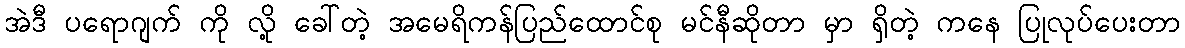
အဲဒီ ပရောဂျက် ကို လို့ ခေါ်တဲ့ အမေရိကန်ပြည်ထောင်စု မင်နီဆိုတာ မှာ ရှိတဲ့ ကနေ ပြုလုပ်ပေးတာ